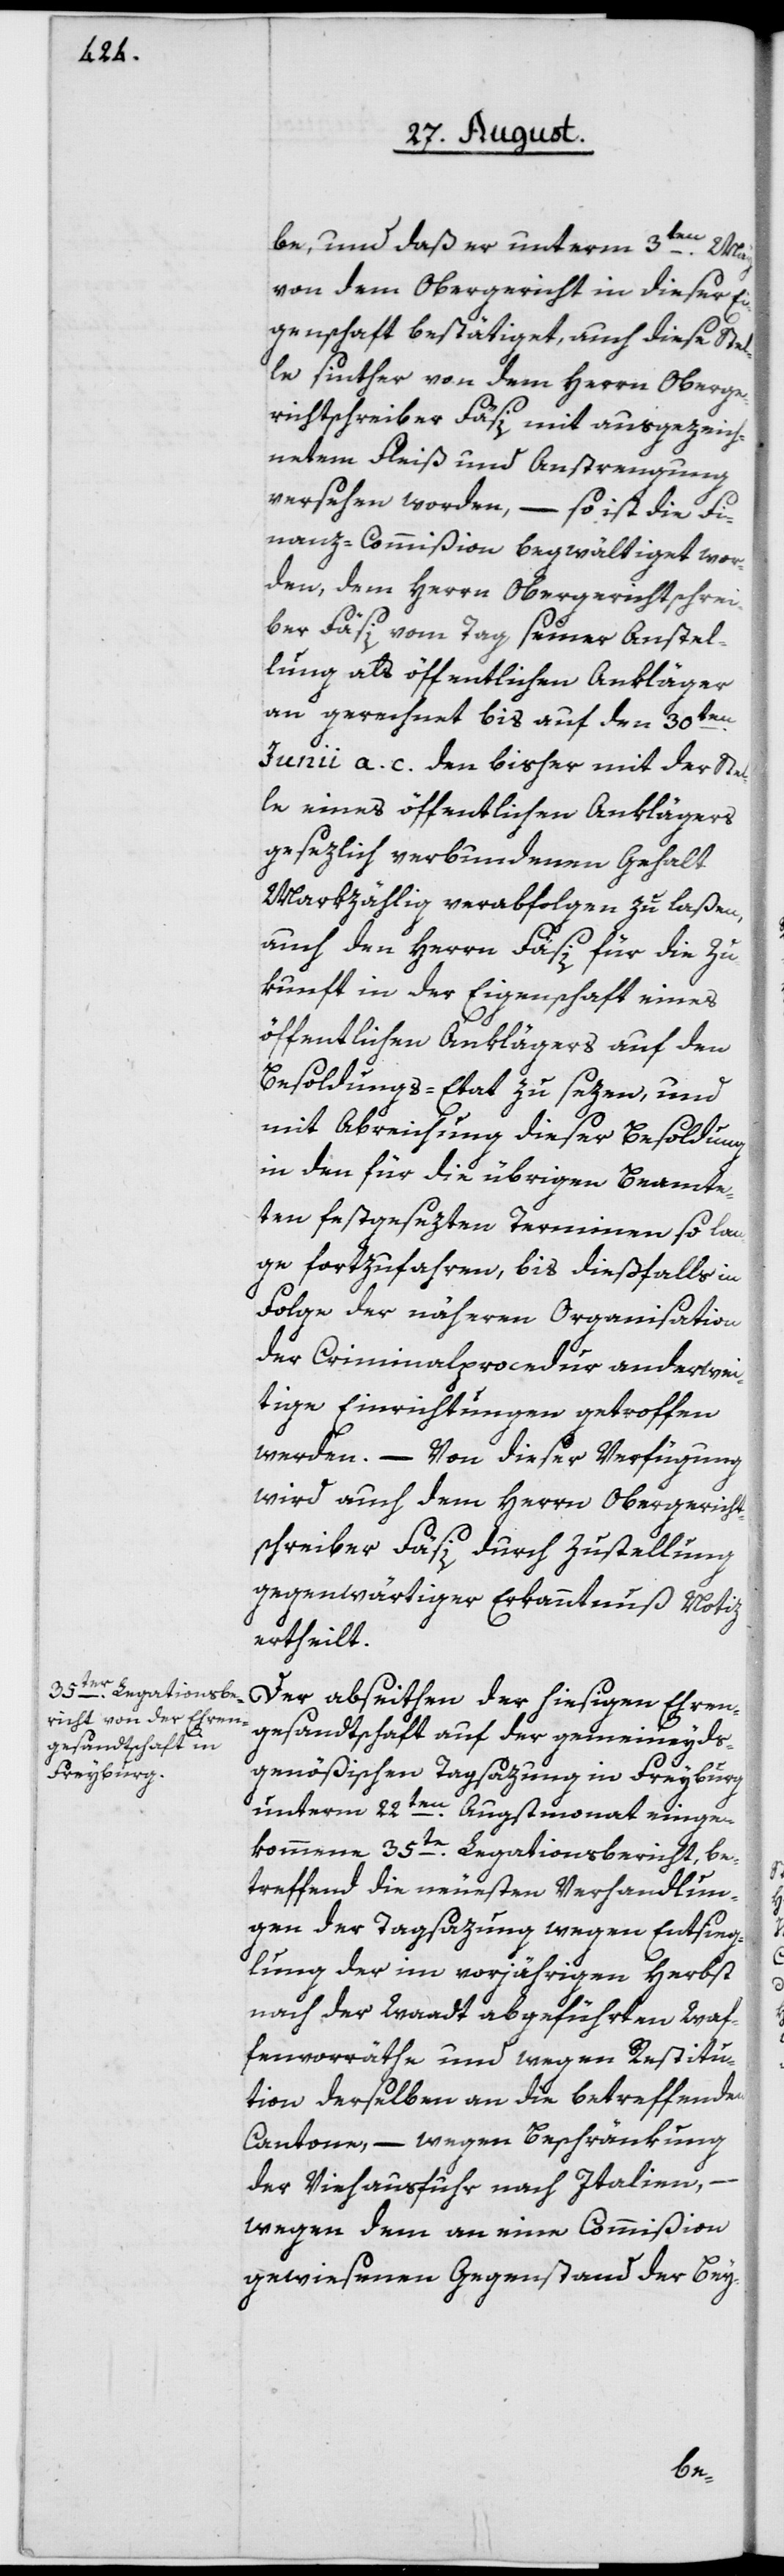
be, und daß er unterm 3ten May
von dem Obergericht in dieser Ei¬
genschaft bestätiget, auch diese Stel¬
le sinther von dem Herrn Oberge¬
richtschreiber Fäsi mit ausgezeich¬
netem Fleiß und Anstrengung
versehen worden, – so ist die Fi¬
nanz-Commißion begwältiget wor¬
den, dem Herrn Obergerichtschrei¬
ber Fäsi vom Tag seiner Anstel¬
lung als öffentlichen Ankläger
an gerechnet bis auf den 30ten
Junii a. c. den bisher mit der Stel¬
le eines öffentlichen Anklägers
gesezlich verbundenen Gehalt
Markzählig verabfolgen zu laßen,
auch den Herrn Fäsi für die Zu¬
kunft in der Eigenschaft eines
öffentlichen Anklägers auf den
Besoldungs-Etat zu sezen, und
mit Abreichung dieser Besoldung
in den für die übrigen Beamte¬
ten festgesezten Terminen so lan¬
ge fortzufahren, bis dießfalls in
Folge der näheren Organisation
der Criminalprocedur anderwei¬
tige Einrichtungen getroffen
werden. – Von dieser Verfügung
wird auch dem Herrn Obergericht¬
schreiber Fäsi durch Zustellung
gegenwärtiger Erkanntnuß Notiz
ertheilt.
Der abseithen der hiesigen Ehren¬
gesandtschaft auf der gemeineyds¬
genößischen Tagsazung in Freyburg
unterm 22ten Augstmonat einge¬
kommene 35te Legationsbericht, be¬
treffend die neuesten Verhandlun¬
gen der Tagsazung wegen Entsieg¬
lung der im vorjährigen Herbst
nach der Waadt abgeführten Waf¬
fenvorräthe und wegen Restitu¬
tion derselben an die betreffenden
Cantone, – wegen Beschränkung
der Viehausfuhr nach Italien,
wegen dem an eine Commißion
gewiesenen Gegenstand der Bey-